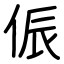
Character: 侲